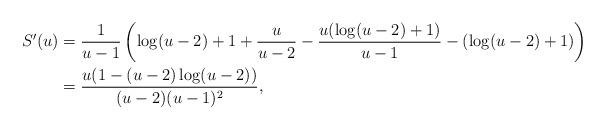
LaTeX: \begin{align*}S'(u)&=\frac{1}{u-1}\left(\log(u-2)+1+\frac{u}{u-2}-\frac{u(\log(u-2)+1)}{u-1}-(\log(u-2)+1)\right)\\&=\frac{u(1-(u-2)\log(u-2))}{(u-2)(u-1)^2},\end{align*}